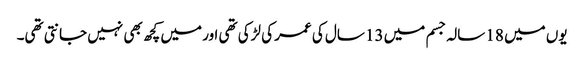
یوں میں 18 سالہ جسم میں 13 سال کی عمر کی لڑکی تھی اور میں کچھ بھی نہیں جانتی تھی۔